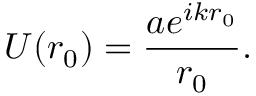
U ( r _ { 0 } ) = { \frac { a e ^ { i k r _ { 0 } } } { r _ { 0 } } } .